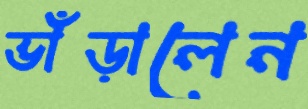
ভাঁড়ালেন